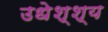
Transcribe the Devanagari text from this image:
उधेश्श्य